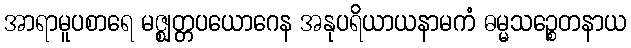
အာရာမူပစာရေ မဇ္ဈတ္တပယောဂေန အနုပရိယာယနာမကံ ဓမ္မသဉ္စေတနာယ